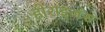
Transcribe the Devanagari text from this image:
होराइजंस